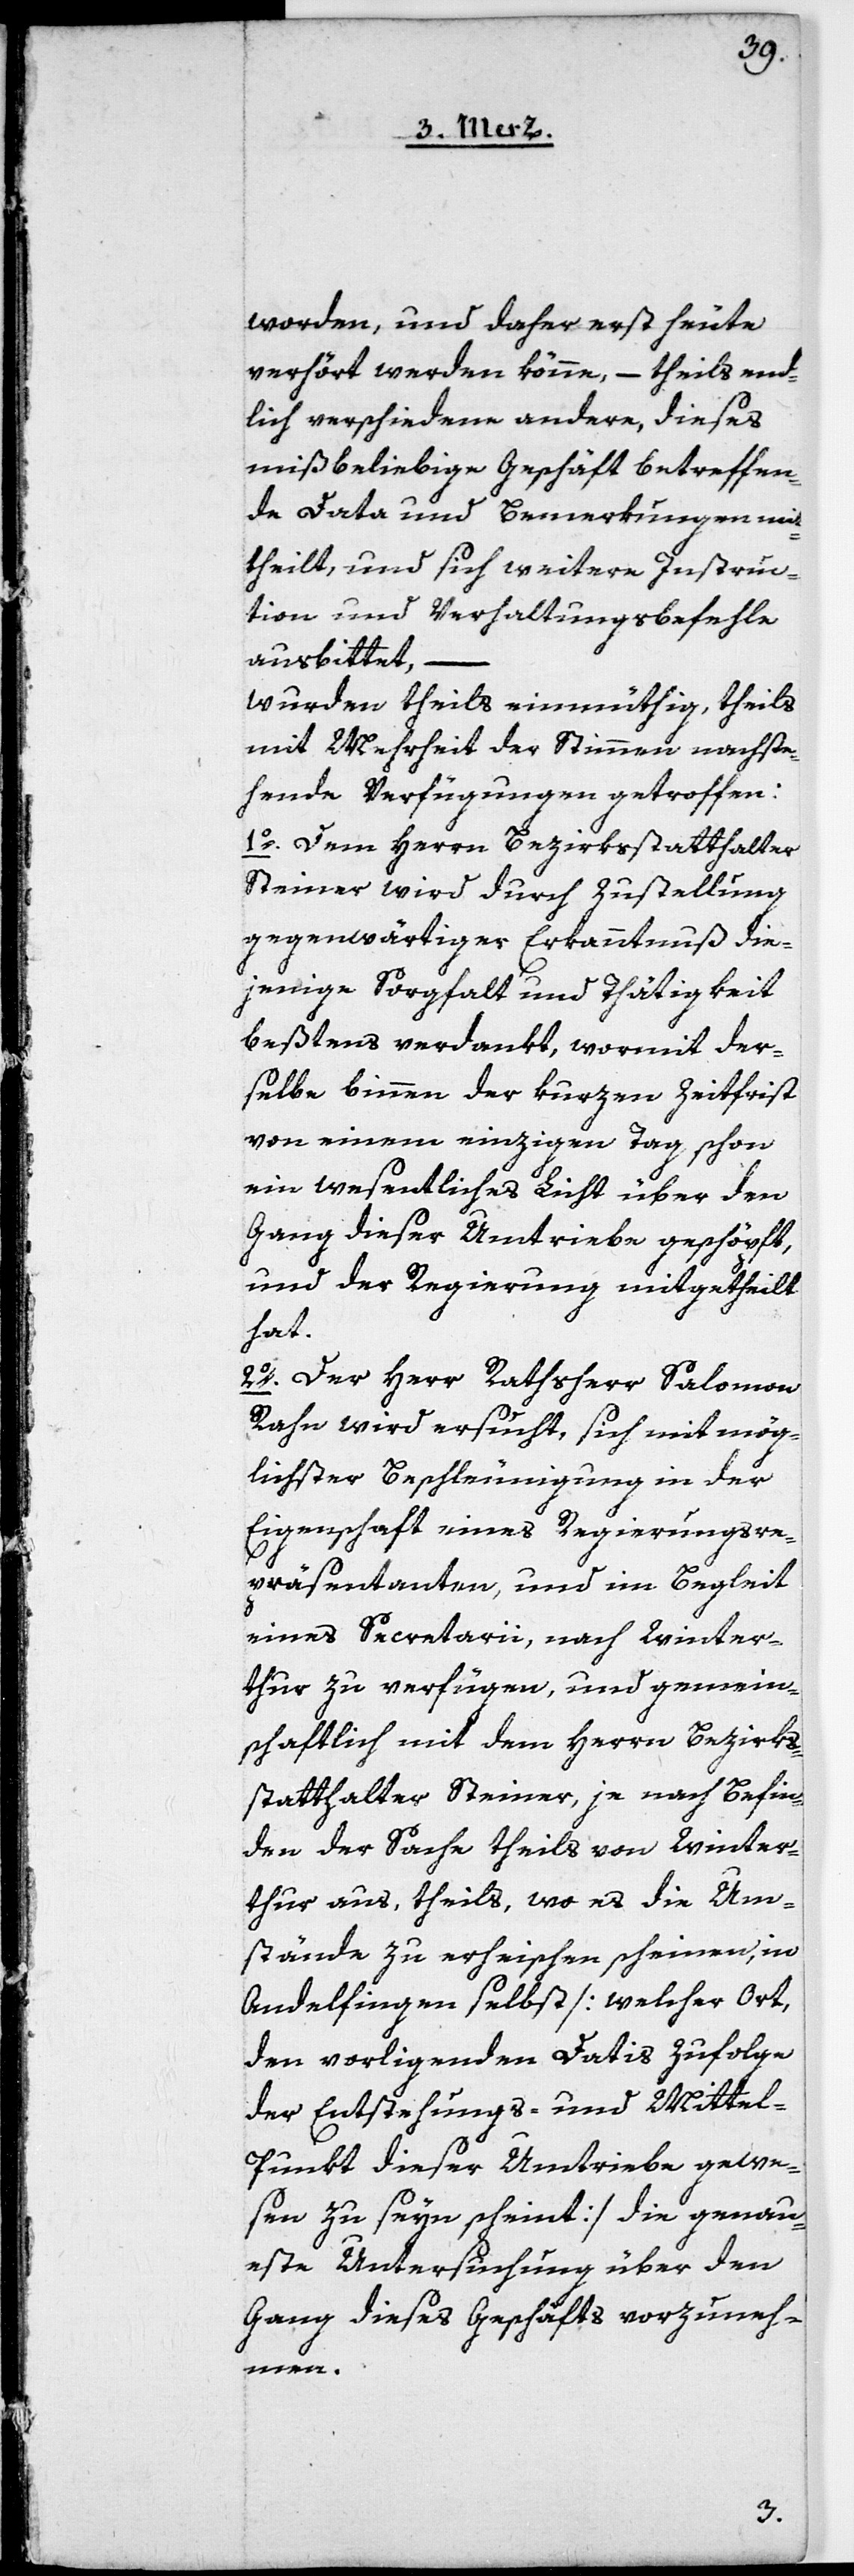
worden, und daher erst heute
verhört werden könne, – theils end¬
lich verschiedene andere, dieses
mißbeliebige Geschäft betreffen¬
den Data und Bemerkungen mit¬
theilt, und sich weitere Instruc¬
tion und Verhaltungsbefehle
ausbittet,
wurden theils einmüthig, theils
mit Mehrheit der Stimmen nachste¬
hende Verfügungen getroffen:
1o. Dem Herrn Bezirksstatthalter
Steiner wird durch Zustellung
gegenwärtiger Erkanntnuß die¬
jenige Sorgfalt und Thätigkeit
beßtens verdankt, wormit der¬
selbe binnen der kurzen Zeitfrist
von einem einzigen Tag schon
ein wesentliches Licht über den
Gang dieser Umtriebe geschöpft,
und der Regierung mitgetheilt
hat.
2o. Der Herr Rathsherr Salomon
Rahn wird ersucht, sich mit mög¬
lichster Beschleunigung in der
Eigenschaft eines Regierungsre¬
präsentanten, und im Begleit
eines Secretarii, nach Winter¬
thur zu verfügen, und gemein¬
schaftlich mit dem Herrn Bezirks¬
statthalter Steiner, je nach Befin¬
den der Sache theils von Winter¬
thur aus, theils wo es die Um¬
stände zu erheischen scheinen, in
Andelfingen selbst [welcher Ort,
den vorligenden Datis zufolge
der Entstehungs- und Mittel¬
punkt dieser Umtriebe gewe¬
sen zu seyn scheint] die genau¬
este Untersuchung über den
Gang dieses Geschäfts vorzuneh¬
men.